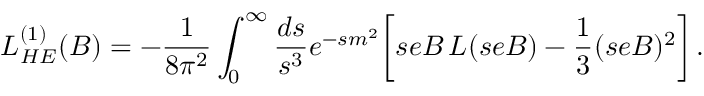
{ \cal L } _ { H E } ^ { ( 1 ) } ( B ) = - { \frac { 1 } { 8 \pi ^ { 2 } } } \int _ { 0 } ^ { \infty } { \frac { d s } { s ^ { 3 } } } e ^ { - s m ^ { 2 } } \biggl [ s e B \, L ( s e B ) - { \frac { 1 } { 3 } } ( s e B ) ^ { 2 } \biggr ] \, .